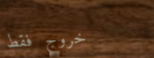
خروج فقط